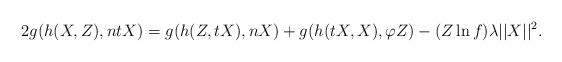
LaTeX: \begin{align*}2g(h(X,Z), ntX)=g(h(Z, tX), nX)+g(h(tX, X), \varphi Z)-(Z\ln f)\lambda\vert\vert X \vert\vert^{2}.\end{align*}